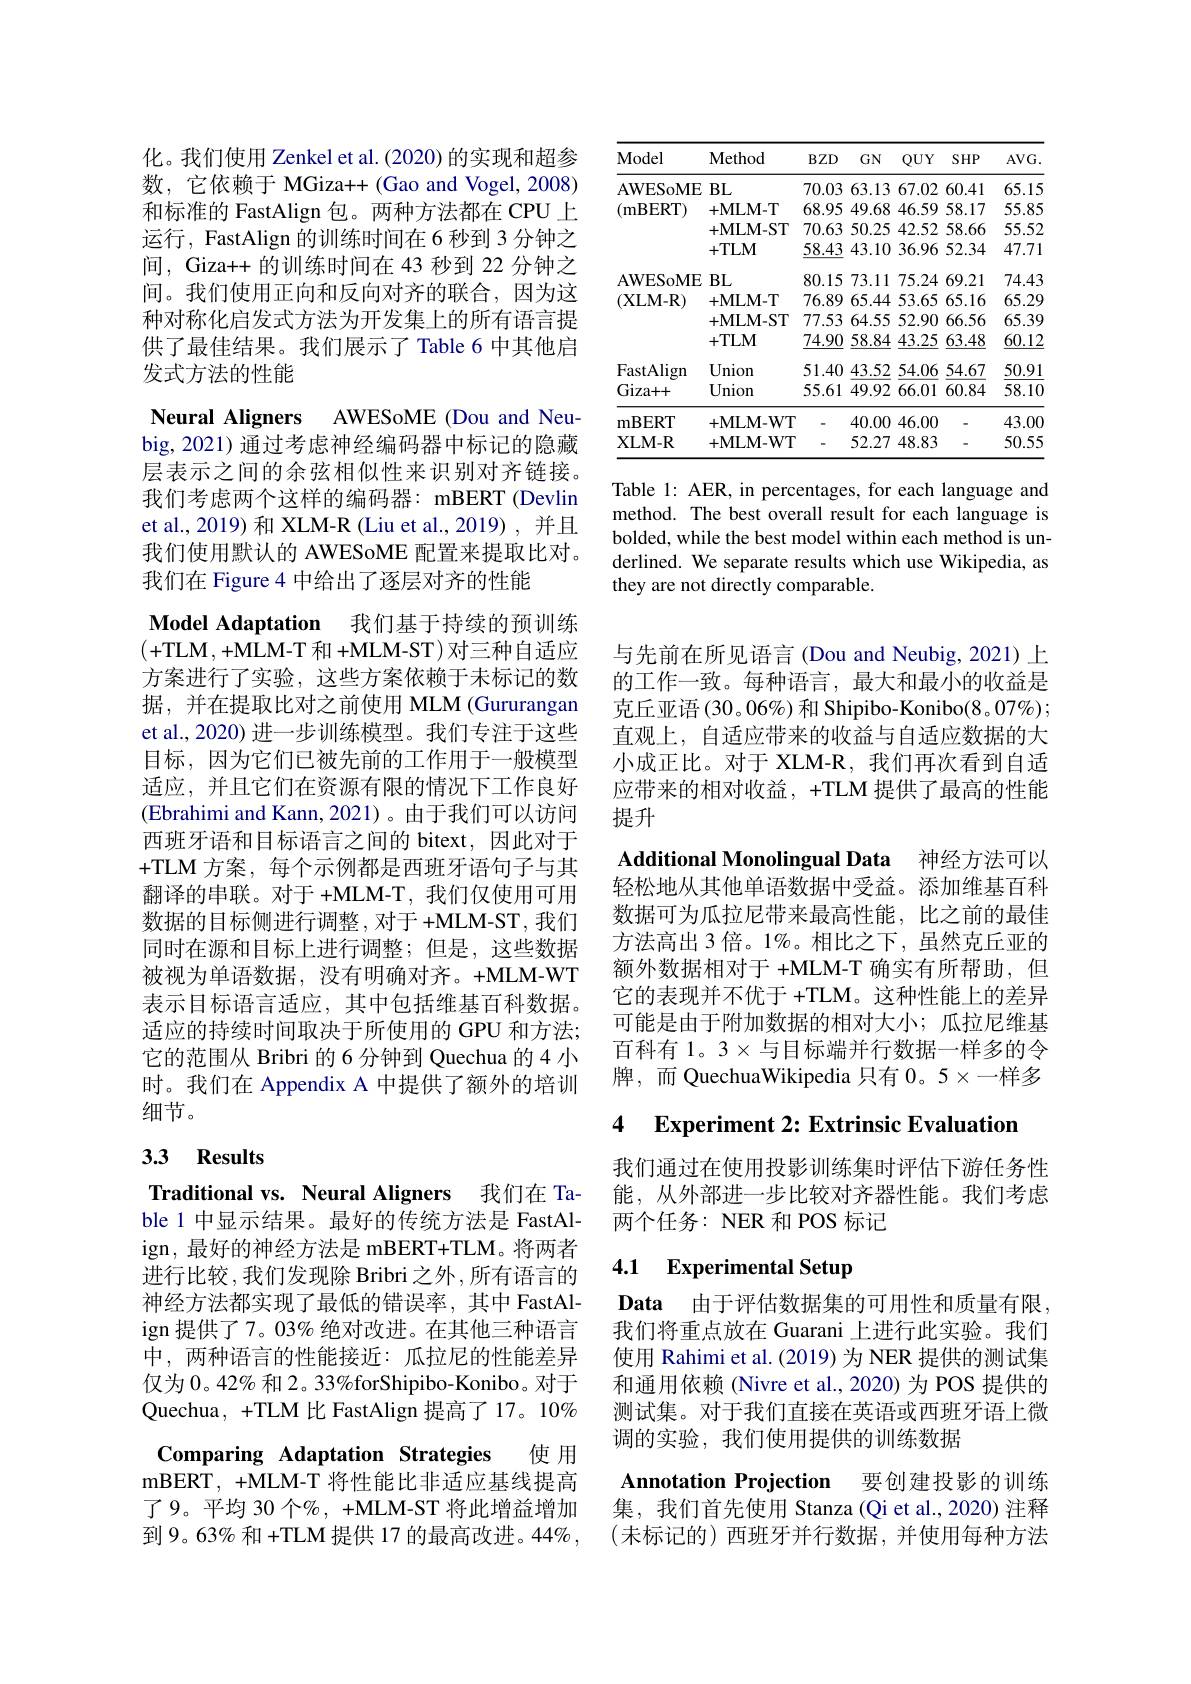
化。我们使用 Zenkel et al. (2020) 的实现和超参数，它依赖于 MGiza++(Gao and Vogel, 2008) 和标准的 FastAlign 包。两种方法都在 CPU 上运行，FastAlign 的训练时间在 6 秒到 3 分钟之间，Giza++ 的训练时间在 43 秒到 22 分钟之间。我们使用正向和反向对齐的联合，因为这种对称化启发式方法为开发集上的所有语言提供了最佳结果。我们展示了 Table 6 中其他启发式方法的性能

Neural Aligners AWESoME (Dou and Neu-

big, 2021) 通过考虑神经编码器中标记的隐藏层表示之间的余弦相似性来识别对齐链接。我们考虑两个这样的编码器：mBERT (Devlin et al., 2019) 和 XLM-R (Liu et al., 2019) , 并且我们使用默认的 AWESoME 配置来提取比对。我们在 Figure 4 中给出了逐层对齐的性能

Model Adaptation 我们基于持续的预训练(+TLM, +MLM-T 和 +MLM-ST) 对三种自适应方案进行了实验，这些方案依赖于未标记的数据，并在提取比对之前使用 MLM (Gururangan et al., 2020) 进一步训练模型。我们专注于这些目标，因为它们已被先前的工作用于一般模型适应，并且它们在资源有限的情况下工作良好(Ebrahimi and Kann, 2021)。由于我们可以访问西班牙语和目标语言之间的 bitext,因此对于+TLM 方案，每个示例都是西班牙语句子与其翻译的串联。对于 +MLM-T, 我们仅使用可用数据的目标侧进行调整，对于+MLM-ST,我们同时在源和目标上进行调整；但是，这些数据被视为单语数据，没有明确对齐。+MLM-WT 表示目标语言适应，其中包括维基百科数据。适应的持续时间取决于所使用的 GPU 和方法； 它的范围从 Bribri 的 6 分钟到 Quechua 的 4 小时。我们在 Appendix A 中提供了额外的培训细节。

## 3.3 Results

Traditional vs. Neural Aligners 我们在 Table 1 中显示结果。最好的传统方法是 FastAlign, 最好的神经方法是 mBERT+TLM。将两者进行比较，我们发现除 Bribri 之外，所有语言的神经方法都实现了最低的错误率，其中 FastAlign 提供了7。03% 绝对改进。在其他三种语言中，两种语言的性能接近：瓜拉尼的性能差异仅为 0。42% 和 2。33%forShipibo-Konibo。对于Quechua, +TLM 比 FastAlign 提高了 17。10% Comparing Adaptation Strategies 使用mBERT, +MLM- T将性能比非适应基线提高了9。平均 30 个%, +MLM-ST 将此增益增加到9。63% 和 +TLM 提供 17 的最高改进。44%,

<table>
	<tbody>
		<tr>
			<th>Model</th>
			<th>$\mathbf{Method}$</th>
			<th>$BZD$</th>
			<th>$GN$</th>
			<th>$QUY$</th>
			<th>$SHP$</th>
			<th>$AVG.$</th>
		</tr>
		<tr>
			<td rowspan="4">AWESoME $({\mathrm{mBERT}})$</td>
			<td>$\vdots BL$</td>
			<td>70.03</td>
			<td>63.13</td>
			<td>67.02</td>
			<td>60.41</td>
			<td>65.15</td>
		</tr>
		<tr>
			<td>+MLM- T</td>
			<td>68.95</td>
			<td>49.68</td>
			<td>46.59</td>
			<td>58.17</td>
			<td>55.85</td>
		</tr>
		<tr>
			<td>+MLM- ST</td>
			<td>70.63</td>
			<td>50.25</td>
			<td>42.52</td>
			<td>58.66</td>
			<td>55.52</td>
		</tr>
		<tr>
			<td>+TLM</td>
			<td>$\underline{58.43}$</td>
			<td>43.10</td>
			<td>36.96</td>
			<td>52.34</td>
			<td>47.71</td>
		</tr>
		<tr>
			<td>AWESoME</td>
			<td>$BL$ </td>
			<td>80.15</td>
			<td>73.11</td>
			<td>75.24</td>
			<td>69.21</td>
			<td>74.43</td>
		</tr>
		<tr>
			<td rowspan="3">AWEDOMI (XLM- R)</td>
			<td>+MLM- T</td>
			<td>76.89</td>
			<td>65.44</td>
			<td>53.65</td>
			<td>65.16</td>
			<td>65.29</td>
		</tr>
		<tr>
			<td>+MLM- ST</td>
			<td>77.53</td>
			<td>64.55</td>
			<td>52.90</td>
			<td>66.56</td>
			<td>65.39</td>
		</tr>
		<tr>
			<td>+TLM</td>
			<td>$\underline{74.90}$</td>
			<td>$\underline{58.84}$</td>
			<td>$\underline{43.25}$</td>
			<td>$\underline{63.48}$</td>
			<td>60.12</td>
		</tr>
		<tr>
			<td>FastAlign</td>
			<td>Union</td>
			<td>51.40</td>
			<td>43.52</td>
			<td>54.06</td>
			<td>54.67</td>
			<td>50.91</td>
		</tr>
		<tr>
			<td>Giza+ + </td>
			<td>Union</td>
			<td>55.61</td>
			<td>49.92</td>
			<td>66.01</td>
			<td>60.84</td>
			<td>58.10</td>
		</tr>
		<tr>
			<td>mBERT</td>
			<td>+MLM- WT</td>
			<td>-</td>
			<td>40.00</td>
			<td>46.00</td>
			<td>-</td>
			<td>43.00</td>
		</tr>
		<tr>
			<td>XLM- R</td>
			<td>+MLM- WT</td>
			<td>-</td>
			<td>52.27</td>
			<td>48.83</td>
			<td> </td>
			<td>50.55</td>
		</tr>
	</tbody>
</table>

Table 1: AER, in percentages, for each language and method. The best overall result for each language is bolded, while the best model within each method is underlined. We separate results which use Wikipedia, as they are not directly comparable.

与先前在所见语言(Dou and Neubig,2021)上的工作一致。每种语言，最大和最小的收益是克丘亚语(30。06%) 和 Shipibo-Konibo(8。07%); 直观上，自适应带来的收益与自适应数据的大小成正比。对于 XLM-R,我们再次看到自适应带来的相对收益，+TLM 提供了最高的性能提升

Additional Monolingual Data 神经方法可以

轻松地从其他单语数据中受益。添加维基百科数据可为瓜拉尼带来最高性能，比之前的最佳方法高出 3 倍。1%。相比之下，虽然克丘亚的额外数据相对于 +MLM-T 确实有所帮助，但它的表现并不优于 +TLM。这种性能上的差异可能是由于附加数据的相对大小；瓜拉尼维基百科有 1。3 × 与目标端并行数据一样多的令牌，而 QuechuaWikipedia 只有 0。5$\times$一样多

4 Experiment 2: Extrinsic Evaluatior

我们通过在使用投影训练集时评估下游任务性能，从外部进一步比较对齐器性能。我们考虑两个任务：NER 和 POS 标记

# 4.1 Experimental Setup

Data 由于评估数据集的可用性和质量有限。我们将重点放在 Guarani 上进行此实验。我们使用 Rahimi et al.(2019) 为 NER 提供的测试集和通用依赖 (Nivre et al., 2020) 为 POS 提供的测试集。对于我们直接在英语或西班牙语上微调的实验，我们使用提供的训练数据

Annotation Projection 要创建投影的训练

集，我们首先使用 Stanza (Qi et al., 2020) 注释(未标记的)西班牙并行数据，并使用每种方法